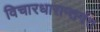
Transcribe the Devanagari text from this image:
विचारधारान्तर्गत